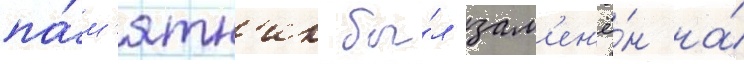
па́м'ятн'ик бы́л зам'ен'ё́н на́